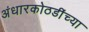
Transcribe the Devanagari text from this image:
अंधारकोठडींच्या